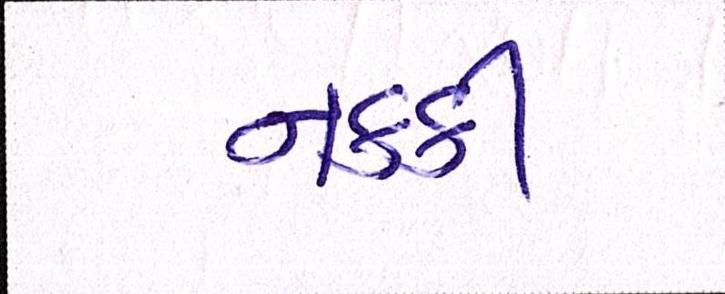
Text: નક્કી